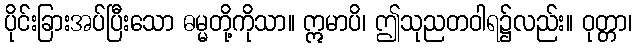
ပိုင်းခြားအပ်ပြီးသော ဓမ္မတို့ကိုသာ။ ဣမာပိ၊ ဤသုညတဝါရ၌လည်း။ ဝုတ္တာ၊